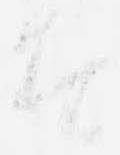
者